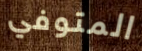
المتوفي